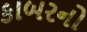
કાબરનો